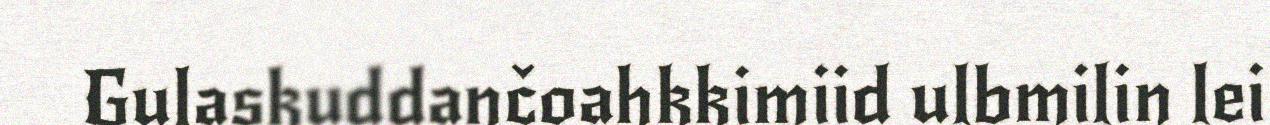
Gulaskuddančoahkkimiid ulbmilin lei